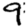
Digit: 9